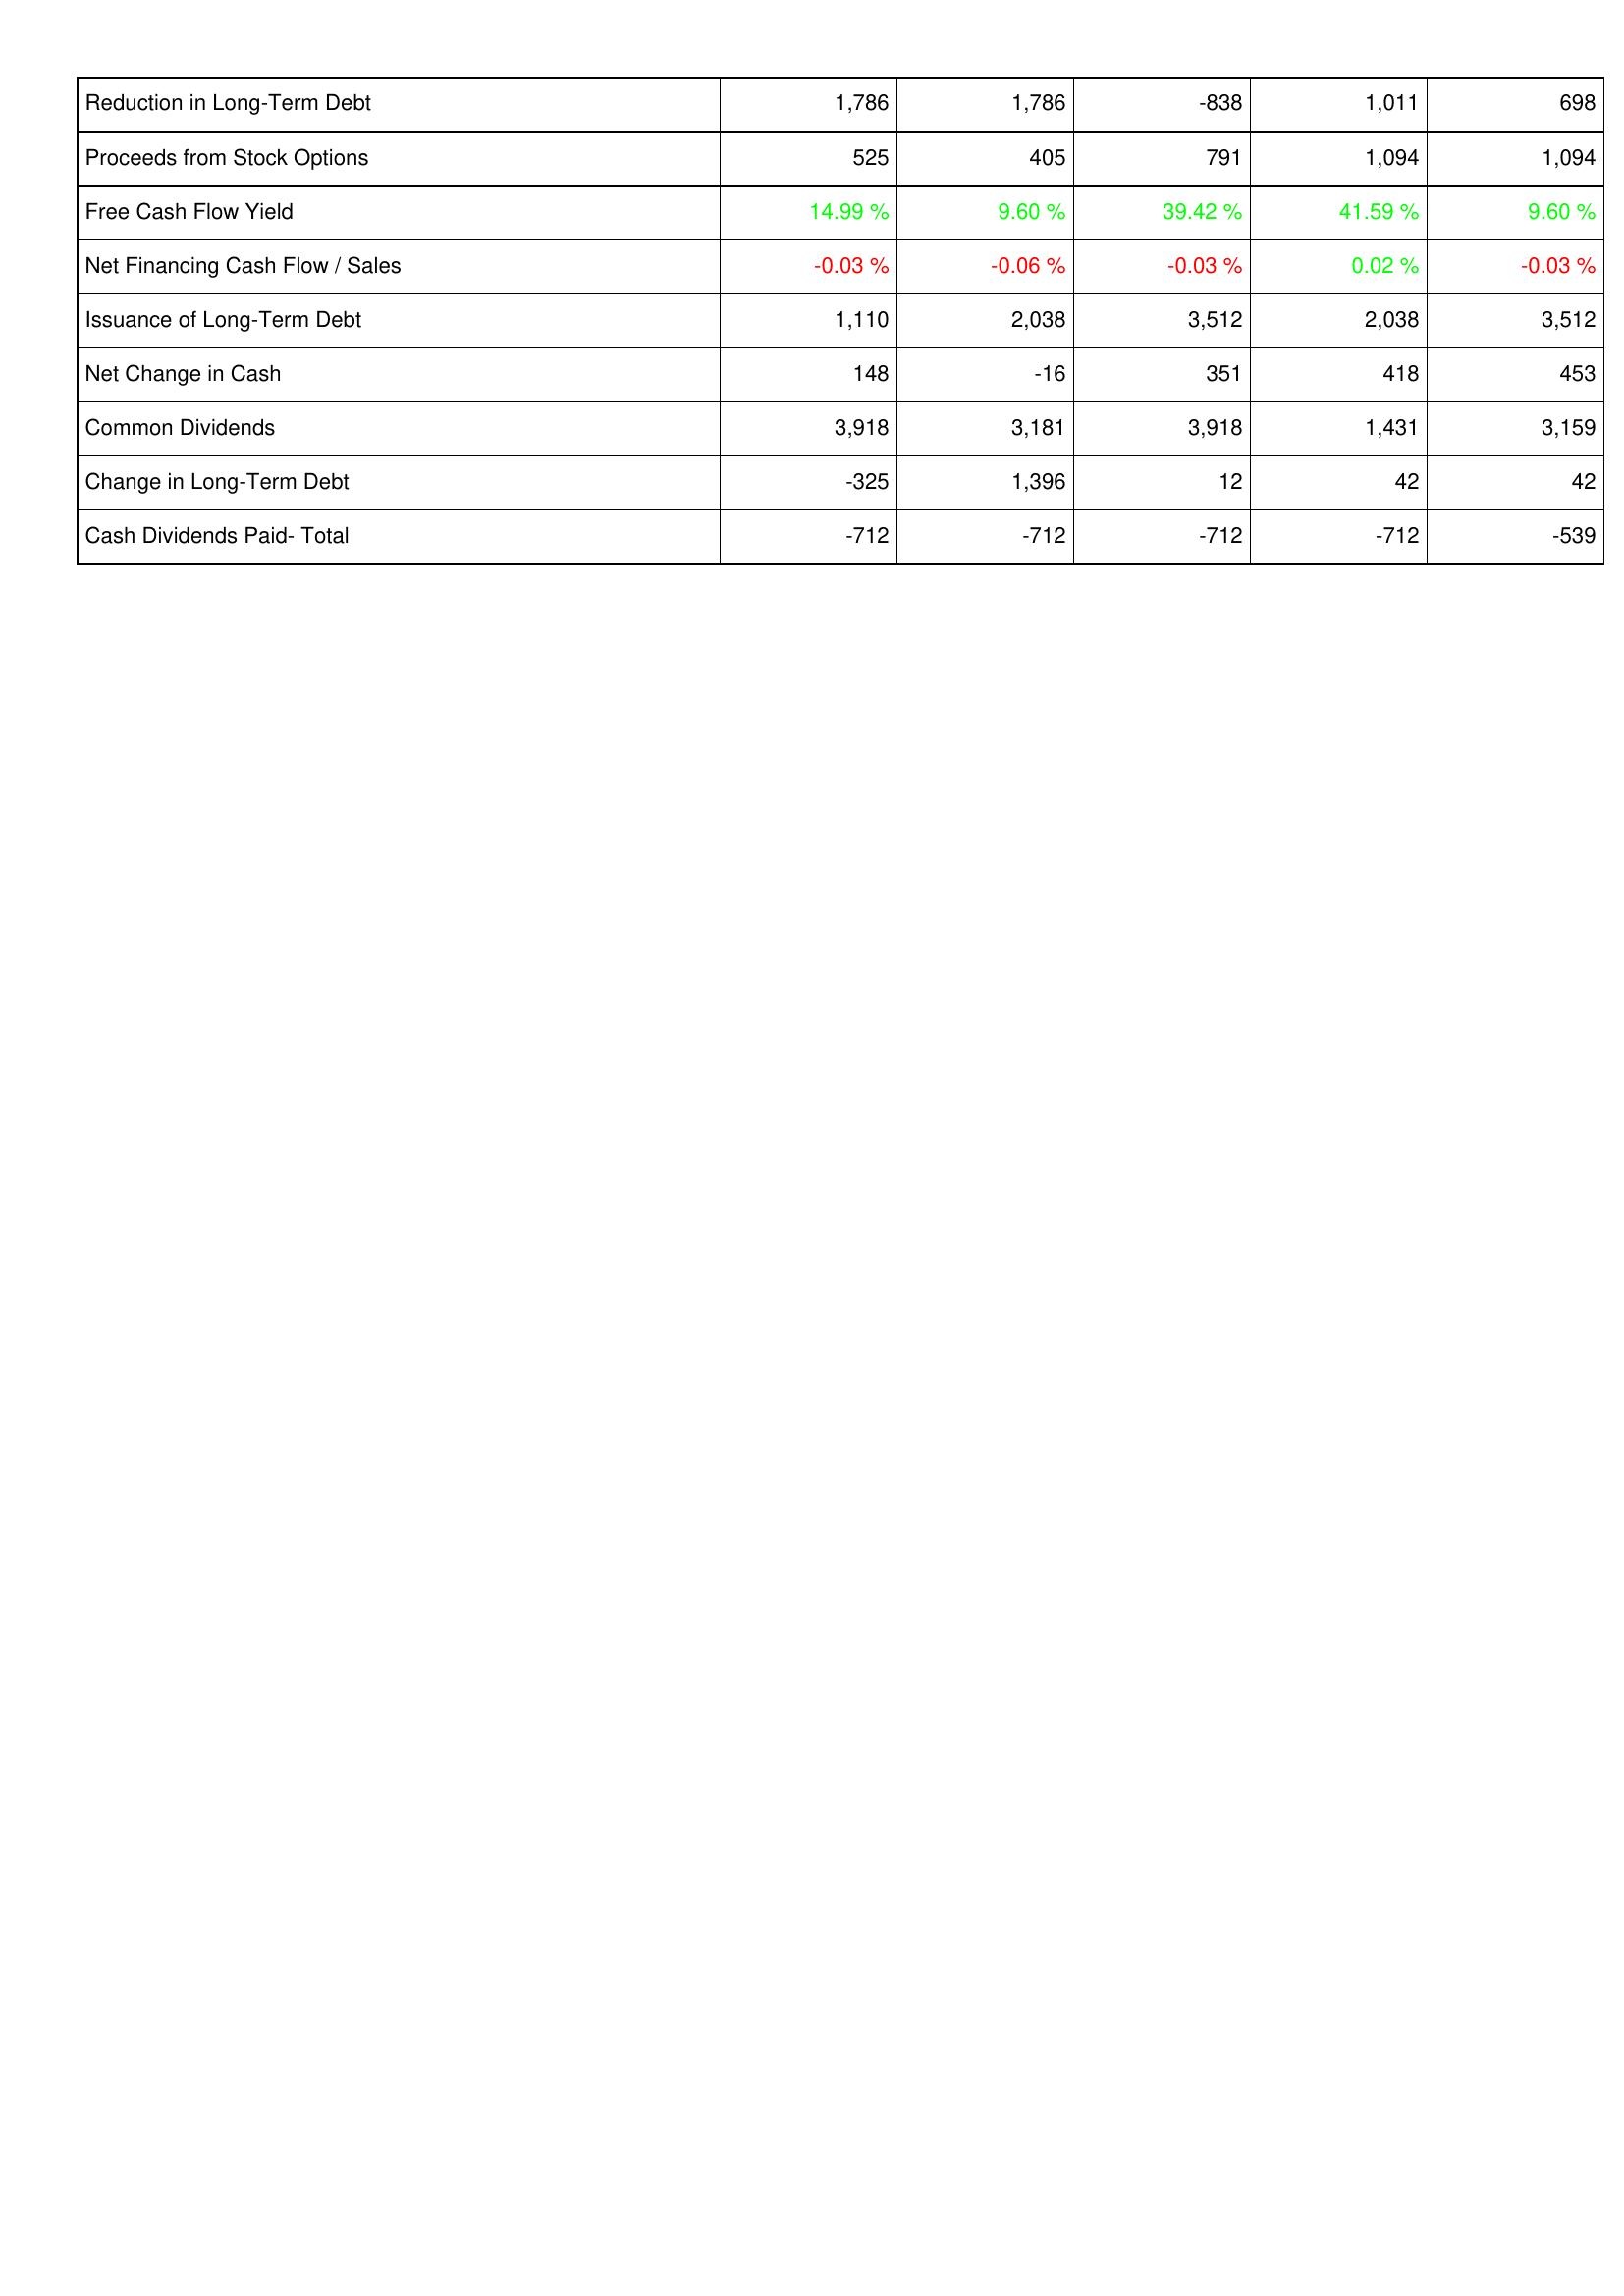
2016: Financing Activities: Reduction in Long-Term Debt: 1,786
Proceeds from Stock Options: 525
Free Cash Flow Yield: 14.99 %
Net Financing Cash Flow / Sales: -0.03 %
Issuance of Long-Term Debt: 1,110
Net Change in Cash: 148
Common Dividends: 3,918
Change in Long-Term Debt: -325
Cash Dividends Paid- Total: -712
2015: Financing Activities: Reduction in Long-Term Debt: 1,786
Proceeds from Stock Options: 405
Free Cash Flow Yield: 9.60 %
Net Financing Cash Flow / Sales: -0.06 %
Issuance of Long-Term Debt: 2,038
Net Change in Cash: -16
Common Dividends: 3,181
Change in Long-Term Debt: 1,396
Cash Dividends Paid- Total: -712
2014: Financing Activities: Reduction in Long-Term Debt: -838
Proceeds from Stock Options: 791
Free Cash Flow Yield: 39.42 %
Net Financing Cash Flow / Sales: -0.03 %
Issuance of Long-Term Debt: 3,512
Net Change in Cash: 351
Common Dividends: 3,918
Change in Long-Term Debt: 12
Cash Dividends Paid- Total: -712
2013: Financing Activities: Reduction in Long-Term Debt: 1,011
Proceeds from Stock Options: 1,094
Free Cash Flow Yield: 41.59 %
Net Financing Cash Flow / Sales: 0.02 %
Issuance of Long-Term Debt: 2,038
Net Change in Cash: 418
Common Dividends: 1,431
Change in Long-Term Debt: 42
Cash Dividends Paid- Total: -712
2012: Financing Activities: Reduction in Long-Term Debt: 698
Proceeds from Stock Options: 1,094
Free Cash Flow Yield: 9.60 %
Net Financing Cash Flow / Sales: -0.03 %
Issuance of Long-Term Debt: 3,512
Net Change in Cash: 453
Common Dividends: 3,159
Change in Long-Term Debt: 42
Cash Dividends Paid- Total: -539